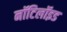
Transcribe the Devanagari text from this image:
नॉटिलॉइड